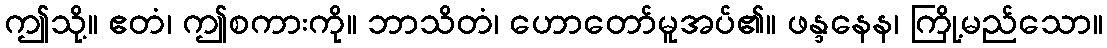
ဤသို့။ ဧတံ၊ ဤစကားကို။ ဘာသိတံ၊ ဟောတော်မူအပ်၏။ ဖန္ဒနေန၊ ကြို့မည်သော။